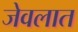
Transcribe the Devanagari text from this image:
जेवलात